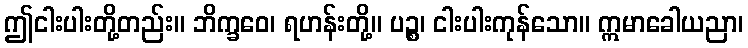
ဤငါးပါးတို့တည်း။ ဘိက္ခဝေ၊ ရဟန်းတို့။ ပဉ္စ၊ ငါးပါးကုန်သော။ ဣမာခေါယညာ၊